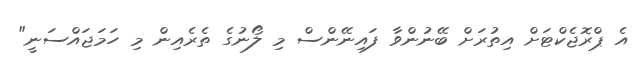
އެ ޕްރޮޖެކްޓަށް އިތުރަށް ބޭނުންވާ ފައިނޭންސް މި ލޯނުގެ ތެރެއިން މި ހަމަޖައްސަނީ"